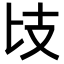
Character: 𢺵